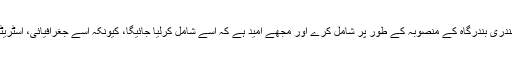
پاکستان اکنامک کوریڈور میں کیٹی بندر کو سمندری بندرگاہ کے منصوبہ کے طور پر شامل کرے اور مجھے امید ہے کہ اسے شامل کرلیا جائیگا، کیونکہ اسے جغرافیائی، اسٹریٹجک اور تجارتی حوالے سے اہمیت حاصل ہے۔